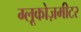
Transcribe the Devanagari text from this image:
ग्लूकोज़मीटर